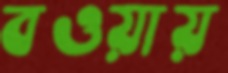
বওয়ায়